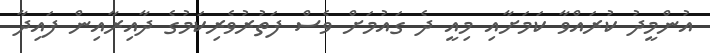
އުންމީދު ކުރައްވާ ކަމަށާއި މިއީ ދެ ގައުމަށް ވެސް ފަތުރުވެރިކަމުގެ ދާއިރާއިން ފައިދާ